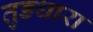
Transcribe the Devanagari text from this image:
तुङधारा